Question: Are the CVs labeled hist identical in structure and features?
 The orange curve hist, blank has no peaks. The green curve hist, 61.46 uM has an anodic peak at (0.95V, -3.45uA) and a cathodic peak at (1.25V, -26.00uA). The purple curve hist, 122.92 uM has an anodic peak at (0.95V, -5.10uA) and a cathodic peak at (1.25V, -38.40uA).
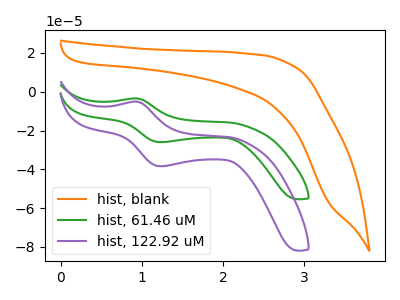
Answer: <think>"hist, blank" and "hist, 61.46 uM" have a different number of peaks. "hist, blank" and "hist, 122.92 uM" have a different number of peaks. All the peaks in "hist, 61.46 uM" have a peak in "hist, 122.92 uM" at the same potential.
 </think>
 <answer>All the CV's of "hist" have similar shape.</answer>
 <eval>follow_rule</eval>